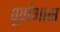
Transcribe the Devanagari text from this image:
पूर्वांभास